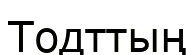
Тодттың